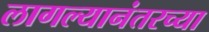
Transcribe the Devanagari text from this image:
लागल्यानंतरच्या